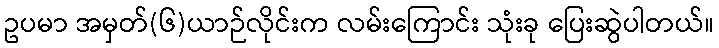
ဥပမာ အမှတ်(၆)ယာဉ်လိုင်းက လမ်းကြောင်း သုံးခု ပြေးဆွဲပါတယ်။